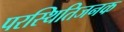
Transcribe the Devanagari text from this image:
परस्थितिजनक